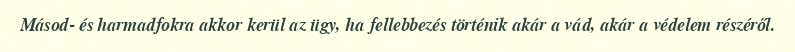
Másod- és harmadfokra akkor kerül az ügy, ha fellebbezés történik akár a vád, akár a védelem részéről.